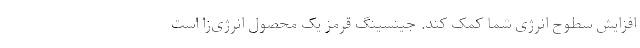
افزایش سطوح انرژی شما کمک کند. جینسینگ قرمز یک محصول انرژی‌زا است